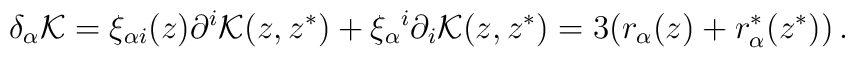
\delta _\alpha {\cal K}=\xi_{\alpha i}(z)\partial ^i{\cal K}(z,z^*)  +\xi _\alpha {}^i\partial _i{\cal K}(z,z^*)=  3(r_\alpha(z)+r_\alpha^*(z^*))\,.